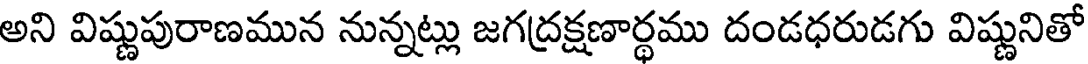
అని విష్ణుపురాణమున నున్నట్లు జగద్రక్షణార్థము దండధరుడగు విష్ణునితో